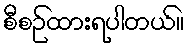
စီစဉ်ထားရပါတယ်။